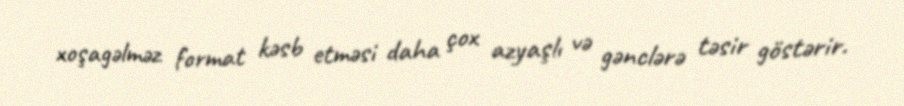
xoşagəlməz format kəsb etməsi daha çox azyaşlı və gənclərə təsir göstərir.